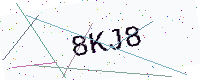
Text: 8KJ8